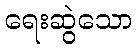
ရေးဆွဲသော